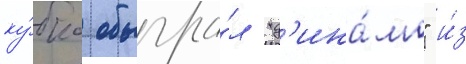
ку́бка обыгра́л "д'ина́мо" и́з